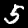
Digit: 5